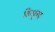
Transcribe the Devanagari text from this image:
किशुआ